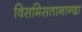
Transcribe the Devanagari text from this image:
विसमिसतानान्दा